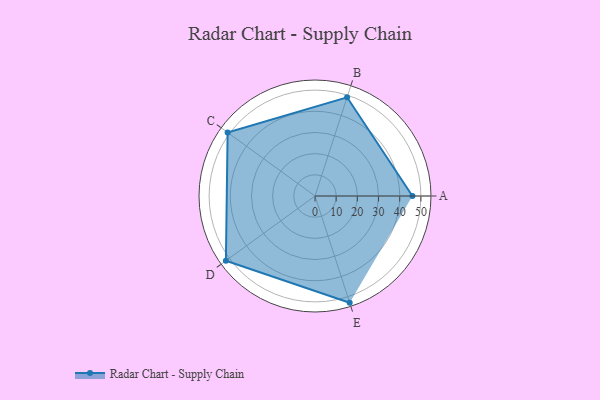
{"axis": {"x": "Skill", "y": "Score"}, "legend": ["Profile"], "data": [{"x": "A", "y": 46.0, "type": "Profile"}, {"x": "B", "y": 49.0, "type": "Profile"}, {"x": "C", "y": 51.0, "type": "Profile"}, {"x": "D", "y": 52.0, "type": "Profile"}, {"x": "E", "y": 53.0, "type": "Profile"}]}